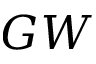
G W